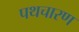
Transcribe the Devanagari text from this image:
पथचारण